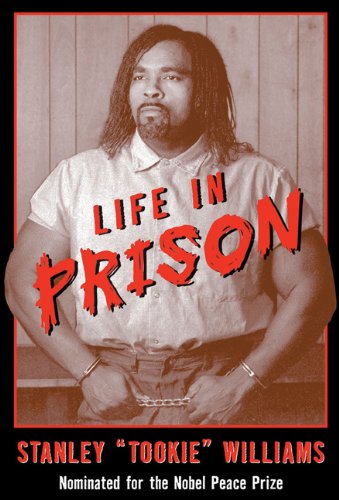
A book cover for Life in Prison; Stanley Williams; Children's Books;